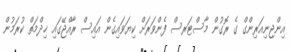
އިންޖިނިއަރިންގް ގެ ރޮގުން މާސްޓަރސް ފެންވަރަށް ކިޔަވައިގެން އައިސް ރާއްޖޭގައި ޚިދްމަތް ކުރަމުން